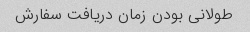
طولانی بودن زمان دریافت سفارش